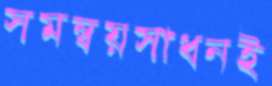
সমন্বয়সাধনই